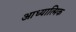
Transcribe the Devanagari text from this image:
आध्‍यात्मिक